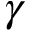
\gamma